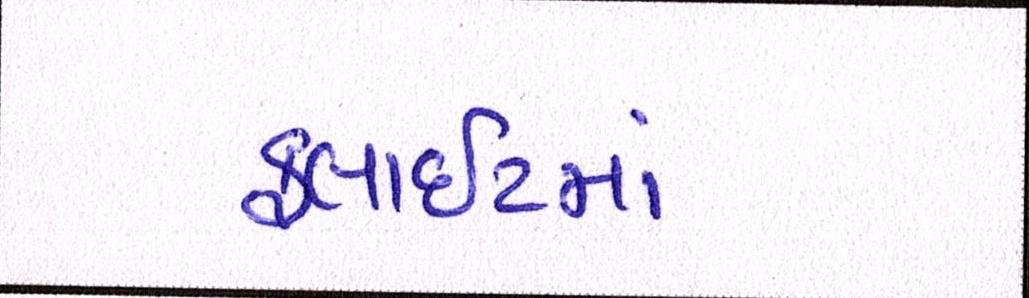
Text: ફ્લાઈટમાં